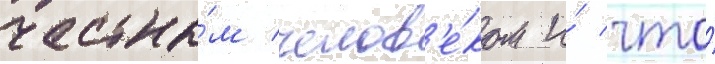
честны́м челов'е́ком и́ что́